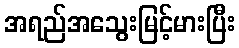
အရည်အသွေးမြင့်မားပြီး